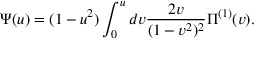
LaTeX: \Psi ( u ) = ( 1 - u ^ { 2 } ) \int _ { 0 } ^ { u } d v \frac { 2 v } { ( 1 - v ^ { 2 } ) ^ { 2 } } \Pi ^ { ( 1 ) } ( v ) .